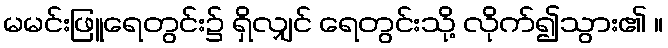
မမင်းဖြူရေတွင်း၌ ရှိလျှင် ရေတွင်းသို့ လိုက်၍သွား၏ ။